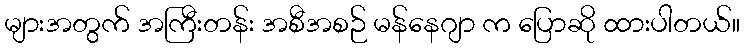
များအတွက် အကြီးတန်း အစီအစဉ် မန်နေဂျာ က ပြောဆို ထားပါတယ်။